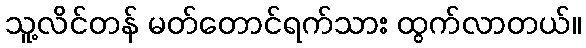
သူ့လိင်တန် မတ်တောင်ရက်သား ထွက်လာတယ်။